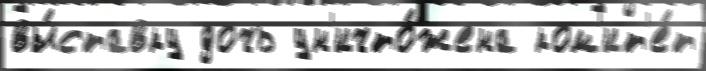
вы́ставку дочь ун'ичто́жена ком'ит'е́т